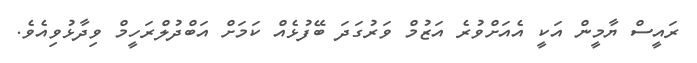
ރައީސް ޔާމީން އަކީ އެއަށްވުރެ އަޒުމް ވަރުގަދަ ބޭފުޅެއް ކަމަށް އަބްދުލްރަހީމް ވިދާޅުވިއެވެ.